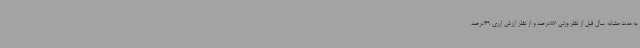
به مدت مشابه سال قبل از نظر وزنی 57درصد و از نظر ارزش ارزی 49درصد